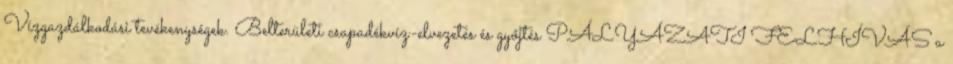
Vízgazdálkodási tevékenységek. Belterületi csapadékvíz-elvezetés és győjtés PÁLYÁZATI FELHÍVÁS a